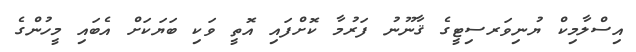
އިސްލާމިކް ޔުނިވަރސިޓީގެ ޤާނޫނު ފަރުމާ ކޮށްފައި އޮތީ ވަކި ބަޔަކަށް އެބައި މީހުންގެ